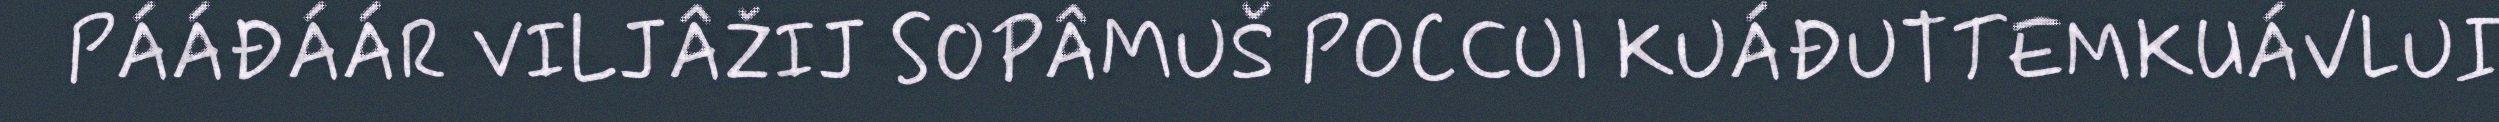
PÁÁĐÁÁR VILJÂŽIJ SOPÂMUŠ POCCUI KUÁĐUTTEMKUÁVLUI